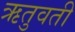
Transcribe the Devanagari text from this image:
ऋतुवती